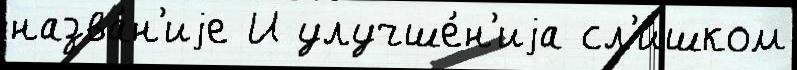
назва́н'иjе И улучше́н'иjа сл'и́шком